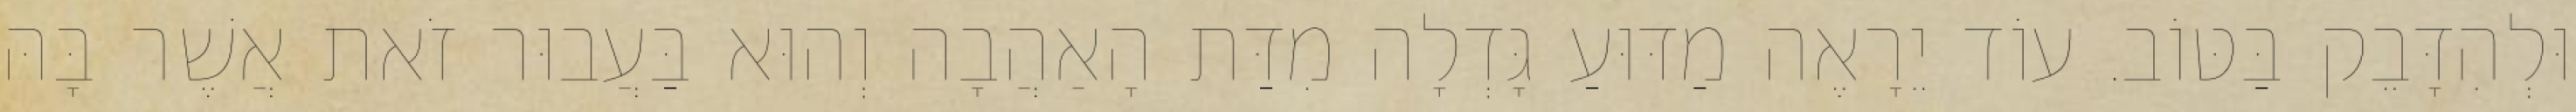
וּלְהִדָּבֵק בַּטּוֹב. עוֹד יֵרָאֶה מַדּוּעַ גָּדְלָה מִדַּת הָאַהֲבָה וְהוּא בַּעֲבוּר זֹאת אֲשֶׁר בָּהּ